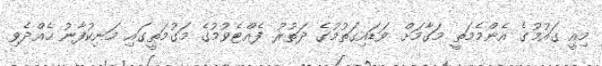
މިއީ ގައުމުގެ އެންމެމަތީ މަގާމަށް ވަޑައިގަތުމުގެ ދަތުރު ފެއްޓެވުމުގެ މަގުމަތީގައި މަނިކުފާނު ހެއްދެވި